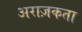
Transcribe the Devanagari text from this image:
अराज़कता